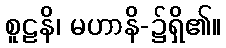
စူဠနိ၊ မဟာနိ-၌ရှိ၏။